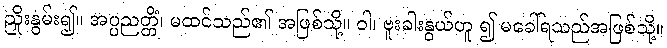
ညှိုးနွမ်း၍။ အပ္ပညတ္တိံ၊ မထင်သည်၏ အဖြစ်သို့။ ဝါ၊ ဗူးခါးနွယ်ဟူ ၍ မခေါ်ရသည်အဖြစ်သို့။